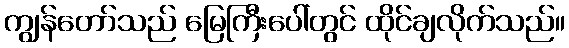
ကျွန်တော်သည် မြေကြီးပေါ်တွင် ထိုင်ချလိုက်သည်။